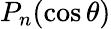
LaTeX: P_{n}(\cos\theta)